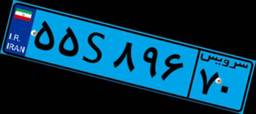
۵۵S۸۹۶۷۰